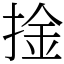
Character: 捦